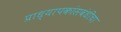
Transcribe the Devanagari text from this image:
प्राध्यापकांसबंधीचा